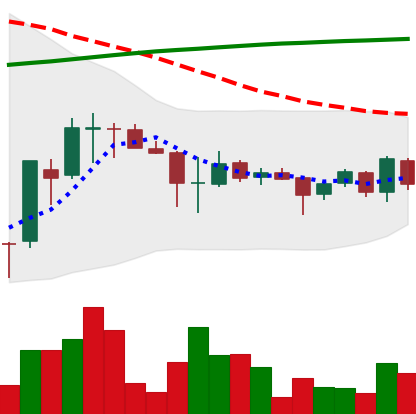
Ticker: EOS-USD
Chart end date: 2018-04-06
Forward return: 44.144%
Label: up_7plus